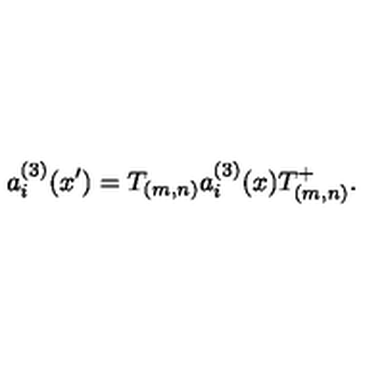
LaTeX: a _ { i } ^ { ( 3 ) } ( x { ' } ) = T _ { ( m , n ) } a _ { i } ^ { ( 3 ) } ( x ) T _ { ( m , n ) } ^ { + } .